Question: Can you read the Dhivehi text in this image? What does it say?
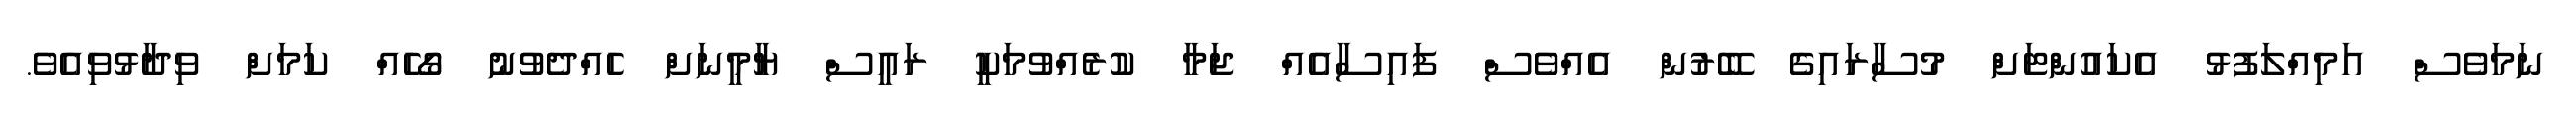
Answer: ނަމަވެސް އަމިއްލަފުޅު އެކައުންޓަށް މުސާރައިގެ ބޭރުން އެއްވެސް ފައިސާއެއް ޖަމާ ކުރެއްވުމަކީ ރައީސް ޔާމީނަށް ހެއްދެވުނު ގޯހެއް ކަމަށް ވިދާޅުވިއެވެ.